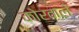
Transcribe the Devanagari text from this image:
कोरवाले